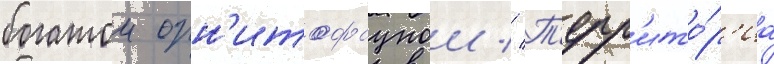
богатои орн'итофаунои // Т'ерр'ито́р'иа